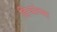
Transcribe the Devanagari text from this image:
हिऱ्यांच्या